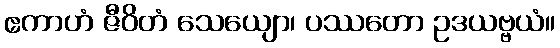
ဧကာဟံ ဇီဝိတံ သေယျော၊ ပဿတော ဥဒယဗ္ဗယံ။